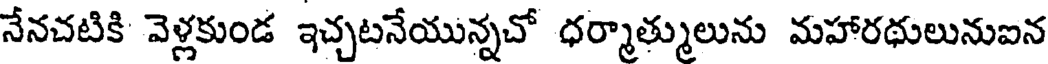
నేనచటికి వెళ్లకుండ ఇచ్చటనేయున్నచో ధర్మాత్ములును మహారథులునుఐన